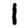
Digit: 1